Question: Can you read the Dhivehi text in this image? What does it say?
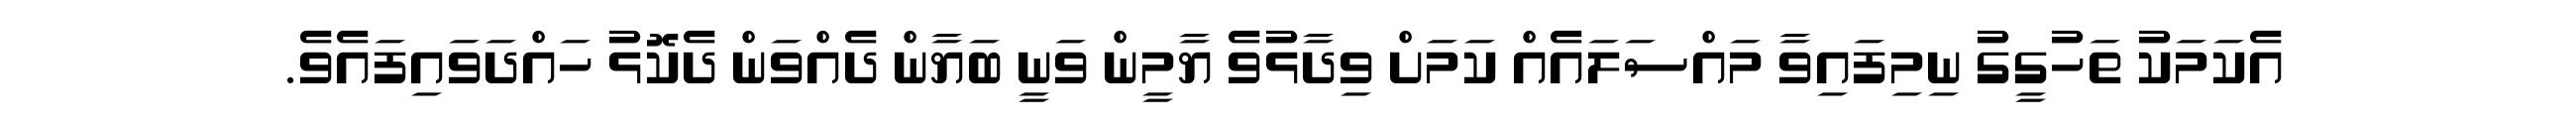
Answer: އެކަމަކު ތަހުގީގު ނިމިފައިވާ މައްސަލައެއް ކަމަށް ވިދާޅުވެ ޔާމީން ވަނީ ބަޔާން ދެއްވަން ދެކޮޅު ހައްދަވައިފައެވެ.